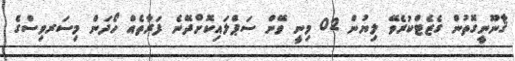
ޤާނޫނީގޮތުން ގެޒެޓްކުރެވޭ ލިޔުން 02 މިނީ ވޭން ސަޕްލައިކޮށްދޭނެ ފަރާތެއް ހޯދަން މިސަރވިސްގެ